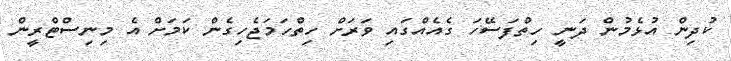
ކުދިން އުޅެމުން ދަނީ ހިތްފަސޭހަ ގެއެއްގައި ވަރަށް ހިތްހަމަޖެހިގެން ކަމަށް އެ މިނިސްޓްރީން